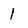
Character: I